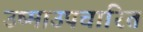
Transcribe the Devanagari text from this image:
उष्माउपचारित